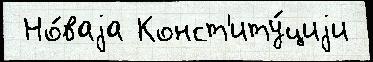
 Но́ваjа Конст'иту́циjи